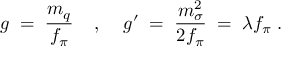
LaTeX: g \; = \; \frac { m _ { q } } { f _ { \pi } } \; \; \; \; , \; \; \; \; g ^ { \prime } \; = \; \frac { m _ { \sigma } ^ { 2 } } { 2 f _ { \pi } } \; = \; \lambda f _ { \pi } \; .